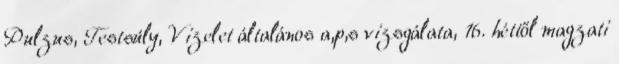
Pulzus, Testsúly, Vizelet általános a,p,s vizsgálata, 16. héttől magzati